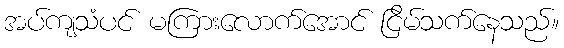
အပ်ကျသံပင် မကြားလောက်အောင် ငြိမ်သက်နေသည်။